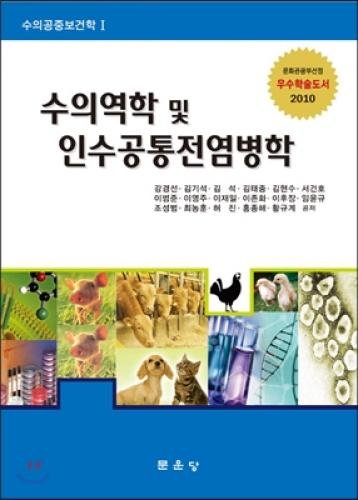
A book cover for Veterinary Epidemiology and zoonotic epidemiology (Korean edition); Kang Kyungsun; Medical Books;